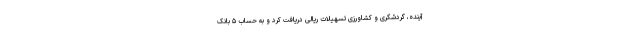
آینده، گردشگری و کشاورزی تسهیلات ریالی دریافت کرد و به حساب ۵ بانک